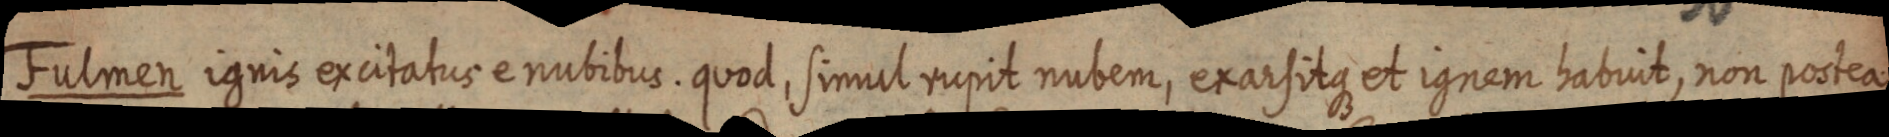
Fulmen ignis excitatus e nubibus. quod, simul rupit nubem, exarsitque et ignem habvit, non postea